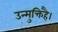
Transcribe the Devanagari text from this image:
उन्मुक्तिहै।